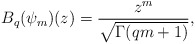
\begin{align*}B_q(\psi_m)(z)=\displaystyle \frac{z^m}{\sqrt{\Gamma(q m+1)}},\end{align*}